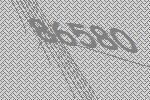
86580